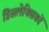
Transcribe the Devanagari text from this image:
डिसलेक्सिकों